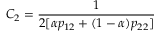
C _ { 2 } = \frac { 1 } { 2 [ \alpha p _ { 1 2 } + ( 1 - \alpha ) p _ { 2 2 } ] }